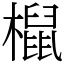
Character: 𣜌